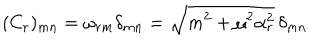
( C _ { r } ) _ { m n } = \omega _ { r m } \delta _ { m n } = \sqrt { m ^ { 2 } + \mu ^ { 2 } \alpha _ { r } ^ { 2 } } \, \delta _ { m n }